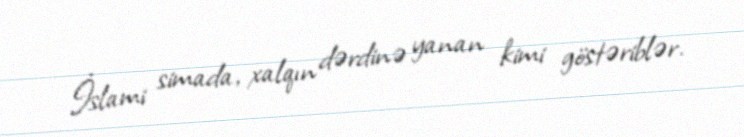
İslami simada, xalqın dərdinə yanan kimi göstəriblər.